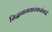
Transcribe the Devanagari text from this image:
सिद्धनामधारकसंवादे